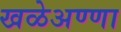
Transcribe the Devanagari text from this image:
खळेअण्णा